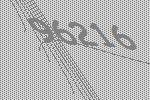
96216